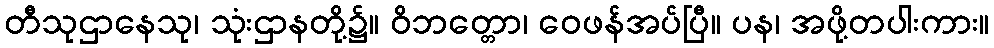
တီသုဌာနေသု၊ သုံးဌာနတို့၌။ ဝိဘတ္တော၊ ဝေဖန်အပ်ပြီ။ ပန၊ အဖို့တပါးကား။